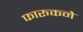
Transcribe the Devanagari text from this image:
फारूकने